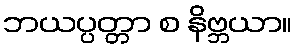
ဘယပ္ပတ္တာ စ နိဗ္ဘယာ။